Lunatic asylums Central Provinces reports 1886-1894 - 1886-1894
Year: 1886
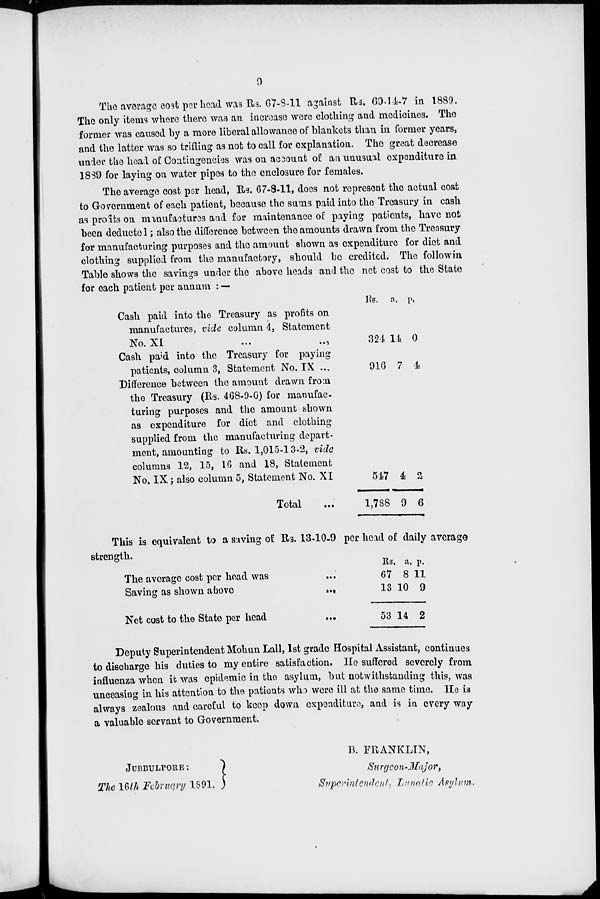
9
The average cost per head was Rs. 67-8-11 against Rs. 69-14-7 in 1889.
The only items where there was an increase were clothing and medicines. The
former was caused by a more liberal allowance of blankets than in former years,
and the latter was so trifling as not to call for explanation. The great decrease
under the head of Contingencies was on account of an unusual expenditure in
1839 for laying on water pipes to the enclosure for females.
The average cost per head, Rs. 67-8-11, does not represent the actual coat
to Government of each patient, because the sums paid into the Treasury in cash
as profits on manufactures and for maintenance of paying patients, have not
been deducted ; also the difference between the amounts drawn from the Treasury
for manufacturing purposes and the amount shown as expenditure for diet and
clothing supplied from the manufactory, should be credited. The followin
Table shows the savings under the above heads and the net cost to the State
for each patient per annum : —
Cash paid into the Treasury as profits on
manufactures, vide column 4, Statement
No.XI
...
...
Cash paid into the Treasury for paying
patients, column 3, Statement No. IX ...
Difference between the amount drawn from
the Treasury (Rs. 468-9-0) for manufac-
turing purposes and the amount shown
as expenditure for diet and clothing
supplied from the manufacturing depart-
ment, amounting to Rs. 1,015-13-2, vide
columns 12, 15, 16 and 18, Statement
No, IX; also column 5, Statement No. XI
Total
Rs.
321
916
547
1,788
a.
14
7
4
9
p.
0
4
2
6
This is equivalent to a saving of Rs. 13-10-9 per head of daily average
strength.
The average cost per head was
Saving as shown above
...
Net cost to the State per head
...
Rs.
67
13
53
a.
8
10
14
p.
11
9
2
Deputy Superintendent Mohun Lall, 1st grade Hospital Assistant, continues
to discharge his duties to my entire satisfaction. He suffered severely from
influenza when it was epidemic in the asylum, but notwithstanding this, was
unceasing in his attention to the patients who were ill at the same time. He is
always zealous and careful to keep down expenditure, and is in every way
a valuable servant to Government.
JUBBULPORE:
The 16th February 1891.
B. FRANKLIN,
Surgeon-Major,
Supppintendent, Lunatic Asylum.